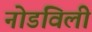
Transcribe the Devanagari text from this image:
नोडविली